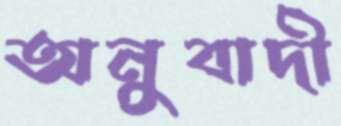
অনুবাদী